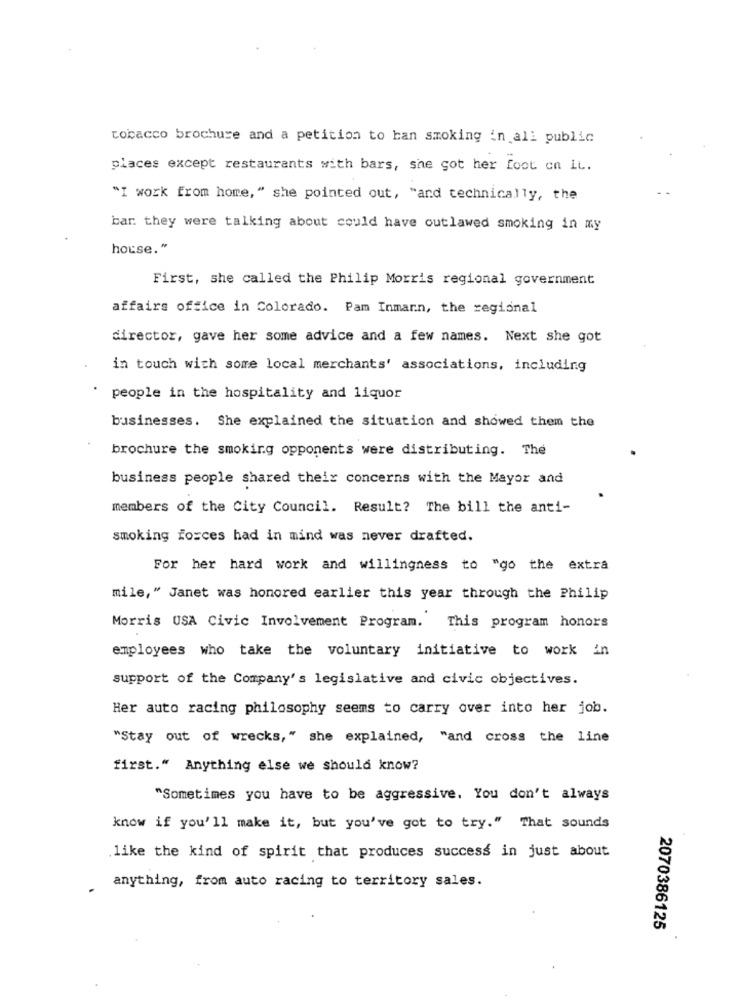
tobacco brochure and a petition to ban smoking in all public
places except restaurants with bars, she got her foot on it.
"I work from home, " she pointed out, "and technically, the
bar they were talking about could have outlawed smoking in my
house."
First, she called the Philip Morris regional government
affairs office in Colorado. Pam Inmarn, the regional
director, gave her some advice and a few names. Next she got
in touch with some local merchants' associations, including
people in the hospitality and liquor
businesses. She explained the situation and showed them the
brochure the smoking opponents were distributing. The
business people shared their concerns with the Mayor and
members of the City Council. Result? The bill the anti-
smoking forces had in mind was never drafted.
For her hard work and willingness to "go the extra
mile, " Janet was honored earlier this year through the Philip
Morris USA Civic Involvement Program. This program honors
employees who take the voluntary initiative to work in
support of the Company's legislative and civic objectives.
Her auto racing philosophy seems to carry over into her job.
"Stay out of wrecks," she explained, "and cross the line
first." Anything else we should know?
"Sometimes you have to be aggressive. You don't always
know if you'll make it, but you've got to try." That sounds
.like the kind of spirit that produces success in just about
anything, from auto racing to territory sales.
2070386125